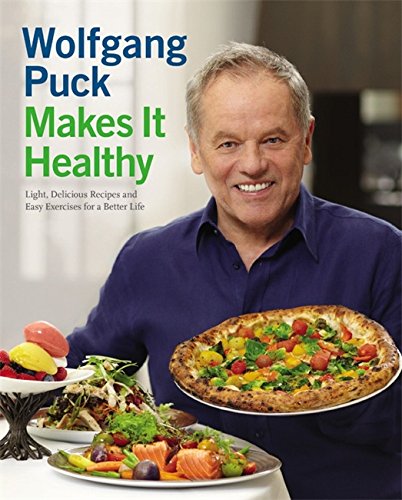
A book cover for Wolfgang Puck Makes It Healthy: Light, Delicious Recipes and Easy Exercises for a Better Life; Wolfgang Puck; Cookbooks, Food & Wine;